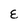
Character: E